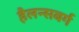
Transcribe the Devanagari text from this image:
हैलन्सबर्ग